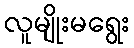
လူမျိုးမရွေး